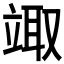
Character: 𥪏